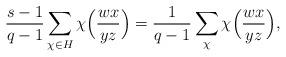
LaTeX: \begin{align*}\frac{s-1}{q-1}\sum_{\chi\in H}\chi\Big(\frac{wx}{yz}\Big)=\frac{1}{q-1}\sum_\chi\chi\Big(\frac{wx}{yz}\Big),\end{align*}